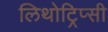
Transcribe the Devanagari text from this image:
लिथोट्रिप्सी